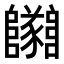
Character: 𨽡